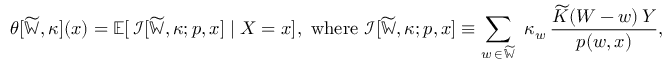
\theta [ \widetilde { \mathbb { W } } , \kappa ] ( x ) = \mathbb { E } [ \, \mathcal { I } [ \widetilde { \mathbb { W } } , \kappa ; p , x ] \mid X = x ] , \mathrm { ~ w h e r e ~ } \mathcal { I } [ \widetilde { \mathbb { W } } , \kappa ; p , x ] \equiv \sum _ { w \, \in \, \widetilde { \mathbb { W } } } \, \, \kappa _ { w } \, \frac { \widetilde { K } ( W - w ) \, Y } { p ( w , x ) } ,